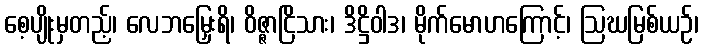
စေ့ပျိုးမှတည့်၊ လေဘမြှေးရိ၊ ဝိဇ္ဇာငြိသား၊ ဒိဋ္ဌိဝါဒ၊ မိုက်မောဟကြောင့်၊ ဩဃမြစ်ယဉ်၊